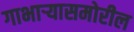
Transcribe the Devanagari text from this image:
गाभाऱ्यासमोरील